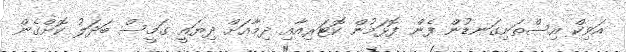
އަވިކް އިސްތަށިގަނޑުން ފެން ފޮޅަމުން ކޮޓަރިއާއި ދިމާއަށް ދިޔައީ ގަމީސް ބަދަލު ކޮށްގެން